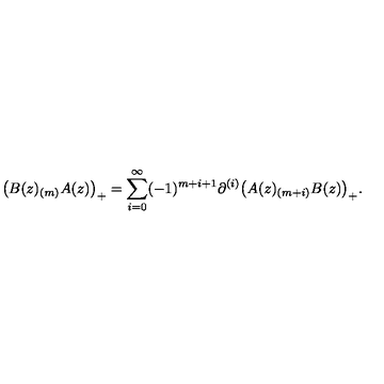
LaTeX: \bigl ( B ( z ) _ { ( m ) } A ( z ) \bigr ) _ { + } = \sum _ { i = 0 } ^ { \infty } ( - 1 ) ^ { m + i + 1 } \partial ^ { ( i ) } \bigl ( A ( z ) _ { ( m + i ) } B ( z ) \bigr ) _ { + } .